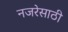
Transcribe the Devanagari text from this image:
नजरेसाठी